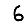
Digit: 6